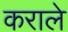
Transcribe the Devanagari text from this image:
कराले